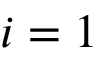
i = 1